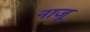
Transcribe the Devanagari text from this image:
नाजू